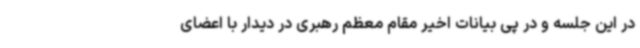
در این جلسه و در پی بیانات اخیر مقام معظم رهبری در دیدار با اعضای